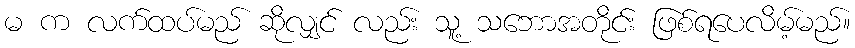
မ က လက်ထပ်မည် ဆိုလျှင် လည်း သူ့ သဘောအတိုင်း ဖြစ်ရပေလိမ့်မည်။